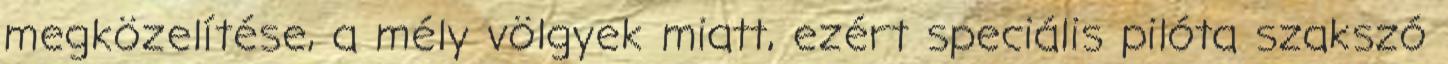
megközelítése, a mély völgyek miatt, ezért speciális pilóta szakszó